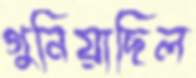
গুনিয়াছিল